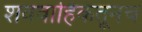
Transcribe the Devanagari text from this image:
शववाहिकेतूनच